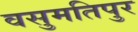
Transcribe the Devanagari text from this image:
वसुमतिपुर